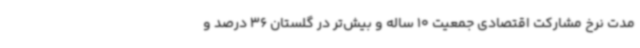
مدت نرخ مشارکت اقتصادی جمعیت 10 ساله و بیش‌تر در گلستان 36 درصد و